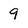
Character: 9